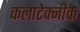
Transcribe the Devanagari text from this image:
कलाटेक्नीक